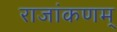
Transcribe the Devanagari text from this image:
राजांकणम्